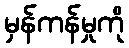
မှန်ကန်မှုကို